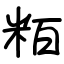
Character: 粨